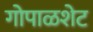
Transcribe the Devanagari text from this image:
गोपाळशेट